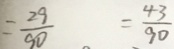
= \frac { 2 9 } { 9 0 } = \frac { 4 3 } { 9 0 }